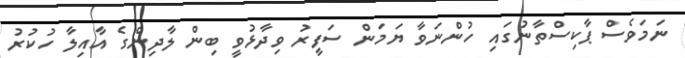
ނަމަވެސް ޕާކިސްތާނުގައި ހުންނަވާ ޔަމަން ސަފީރު ވިދާޅުވީ ބިން ލާދިންގެ އާއިލާ ހުކުރު